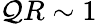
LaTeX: \mathcal{Q}R\sim1